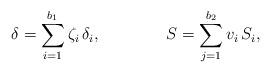
LaTeX: \begin{align*}\delta= \sum_{i=1}^{b_1} \zeta_i \, \delta_i , \qquad\qquad S=\sum_{j=1}^{b_2}v_i \,S_i,\end{align*}